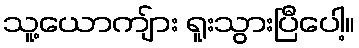
သူ့ယောကျ်ား ရူးသွားပြီပေါ့။